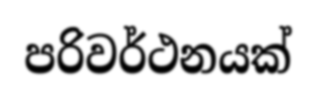
පරිවර්ථනයක්